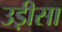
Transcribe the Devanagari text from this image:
उड़़ीसा